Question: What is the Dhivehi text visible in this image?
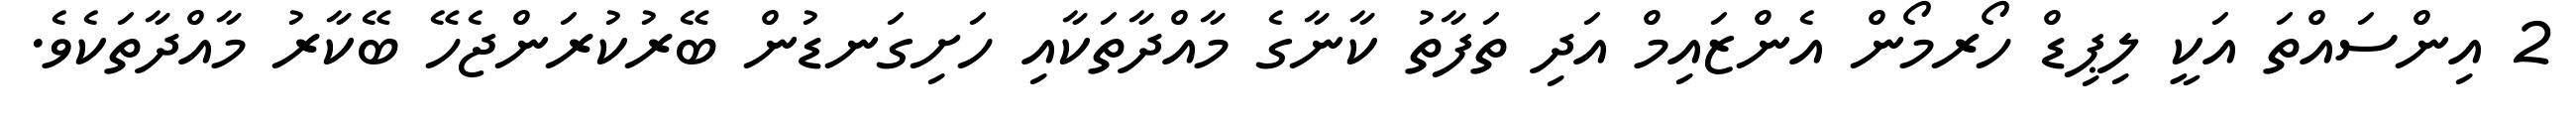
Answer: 2 އިންސައްތަ އަކީ ލިޕިޑް ހޯރމޯން އެންޒައިމް އަދި ތަފާތު ކާނާގެ މާއްދާތަކާއި ހަށިގަނޑުން ބޭރުކުރަންޖެހޭ ބޭކާރު މާއްދާތަކެވެ.